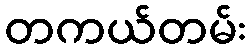
တကယ်တမ်း